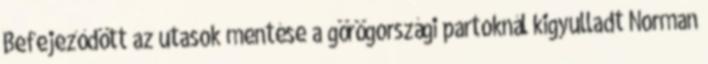
Befejeződött az utasok mentése a görögországi partoknál kigyulladt Norman